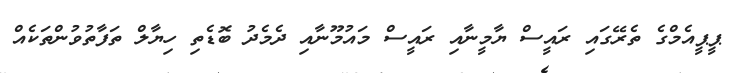
ޕީޕީއެެމްގެ ތެރޭގައި ރައީސް ޔާމީނާއި ރައީސް މައުމޫނާއި ދެމެދު ބޮޑެތި ހިޔާލް ތަފާތުވުންތަކެެއް